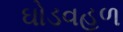
ઘોડવહળ